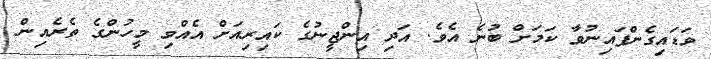
ވަޑައިގެންފައިނުވާ ކަމަށް ބުނެ އެވެ. އަދި އިންޖީނުގެ ކައިރިއަށް އެއްވި މީހުންގެ ތެރެއިން